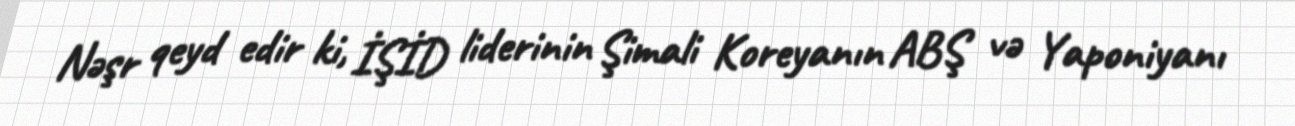
Nəşr qeyd edir ki, İŞİD liderinin Şimali Koreyanın ABŞ və Yaponiyanı